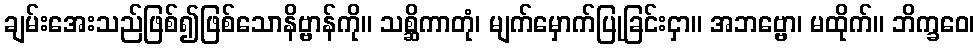
ချမ်းအေးသည်ဖြစ်၍ဖြစ်သောနိဗ္ဗာန်ကို။ သစ္ဆိကာတုံ၊ မျက်မှောက်ပြုခြင်းငှာ။ အဘဗ္ဗော၊ မထိုက်။ ဘိက္ခဝေ၊